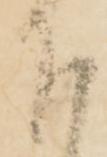
下